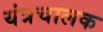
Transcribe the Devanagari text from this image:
यंत्रचालक